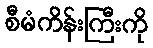
စီမံကိန်းကြီးကို